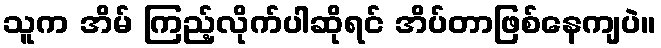
သူက အိမ် ကြည့်လိုက်ပါဆိုရင် အိပ်တာဖြစ်နေကျပဲ။